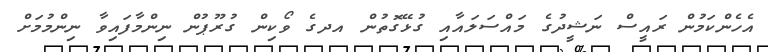
އެހެންކަމުން ރައީސް ނަޝީދުގެ މައްސަލައާއި ގުޅޭގޮތުން އދގެ ވޯކިން ގުރޫޕުން ނިންމާފައިވާ ނިންމުމަށް